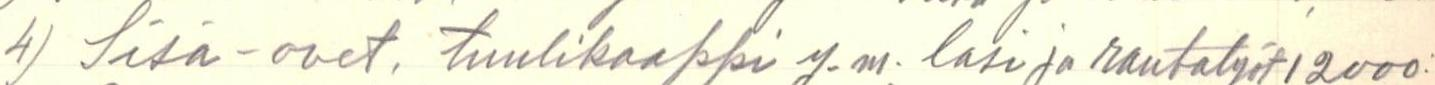
4) Sisä-ovet. tuulikaappi y.m. lasi ja rautatyöt 12000: